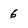
Character: 6